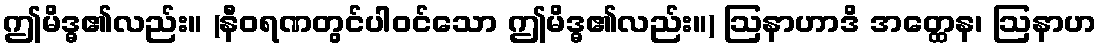
ဤမိဒ္ဓ၏လည်း။ (နီဝရဏတွင်ပါဝင်သော ဤမိဒ္ဓ၏လည်း။) ဩနာဟာဒိ အတ္ထေန၊ ဩနာဟ